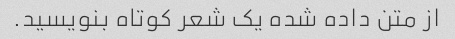
از متن داده شده یک شعر کوتاه بنویسید.